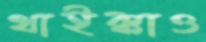
থাইক্কাও